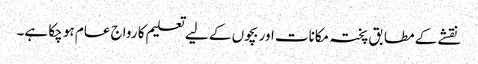
نقشے کے مطابق پختہ مکانات اور بچوں کے لیے تعلیم کا رواج عام ہو چکا ہے۔